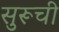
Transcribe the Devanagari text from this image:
सुरूची